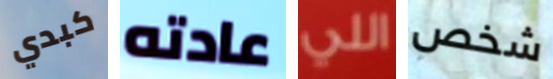
كبدي عادته اللي شخص